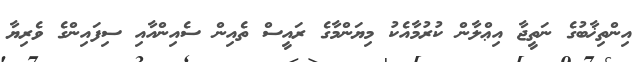
އިންތިޚާބުގެ ނަތީޖާ އިޢްލާން ކުރުމާއެކު މިޔަންމާގެ ރައީސް ތެއިން ސެއިންއާއި ސިފައިންގެ ވެރިޔާ